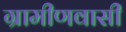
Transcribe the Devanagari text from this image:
ग्रामीणवासी